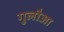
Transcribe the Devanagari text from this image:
गुलौआ